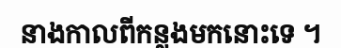
នាងកាលពីកន្លងមកនោះទេ ។